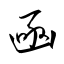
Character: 凾